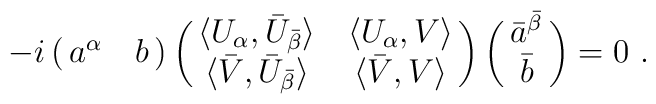
-i\pmatrix{a^\alpha&b} \pmatrix{\langle U_\alpha ,\bar U_{\bar \beta}\rangle &\langle U_\alpha ,V\rangle\cr \langle \bar V,\bar U_{\bar \beta}\rangle&\langle \bar V,V\rangle }\pmatrix{\bar a^{\bar\beta}\cr \bar b} =0  \ .